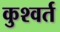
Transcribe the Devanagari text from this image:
कुश्वर्त